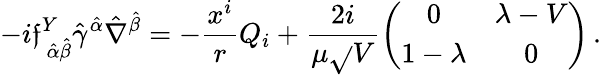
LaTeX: -i\mathfrak{f}_{\, \hat{{\alpha}}\hat{{\beta}}}^{Y}\hat{{\gamma}}^{\hat{{\alpha}}}\hat{{\nabla}}^{\hat{{\beta}}}=-\frac{{x^{i}}}{{r}}Q_{i}+\frac{{2i}}{{\mu\sqrt{}{{V}}}}\left(\begin{array}{cc}{{0}}&{{\lambda-V}}\\ {{1-\lambda}}&{{0}}\end{array}\right)\, .